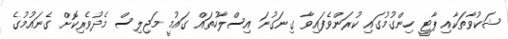
ޝަކުވާތަކާއި ޕާޓީ ހިންގުމުގައި ކުރަންވެފައިވާ ގިނަގުނަ އިސްލާހުތައް ގައުމީ މަޖިލިސް މެދުވެރިކޮށް ގެނައުމުގެ